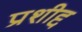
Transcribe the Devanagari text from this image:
प्रशीद्द